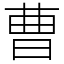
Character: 曹